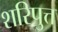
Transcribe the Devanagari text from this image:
शरिपुत्त